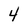
Character: 4